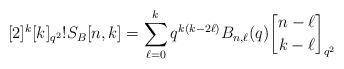
LaTeX: \begin{align*} [2]^k[k]_{q^2}!S_B[n,k] = \sum_{\ell=0}^{k}q^{k(k-2\ell)}B_{n,\ell}(q) {n-\ell \brack k-\ell}_{q^2}\end{align*}